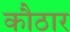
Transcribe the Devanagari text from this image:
कौठार